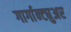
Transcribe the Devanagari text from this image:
गार्गान्ट्युअर